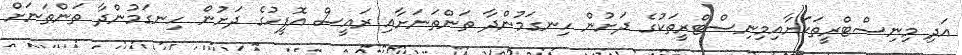
އަދި މިނިސްޓްރީތަކަށާއިމިނިސްޓްރީތަކުގެ ދަށުން ހިނގަމުންދާ ތަންތަނަށާއި ރައީސް އޮފީހުގެ ދަށުން ހިނގަމުންދާ ތަންތަނަށް